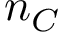
n _ { C }